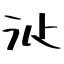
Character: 𣲓